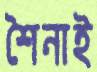
শৈনাই